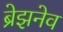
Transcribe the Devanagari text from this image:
ब्रेझनेव